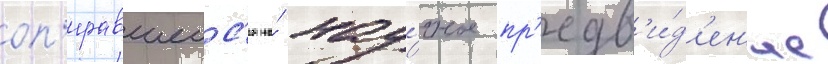
оп'иравшеис'я на́ нау́чное пр'едв'и́д'ен'ие